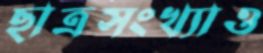
ছাত্রসংখ্যাও